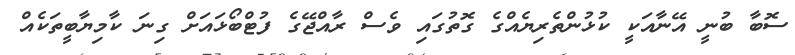
ސޮބާ ބުނީ އޭނާއަކީ ކުޅުންތެރިޔެއްގެ ގޮތުގައި ވެސް ރާއްޖޭގެ ފުޓްބޯޅައަށް ގިނަ ކާމިޔާބީތަކެއް